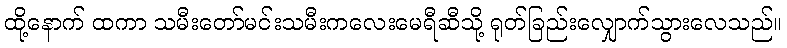
ထို့နောက် ထကာ သမီးတော်မင်းသမီးကလေးမေရီဆီသို့ ရုတ်ခြည်းလျှောက်သွားလေသည်။